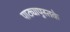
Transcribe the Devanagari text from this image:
पाठ्यापुस्तके